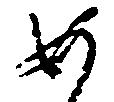
如